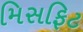
મિસફિટ